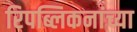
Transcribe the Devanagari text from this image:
रिपब्लिकनांच्या